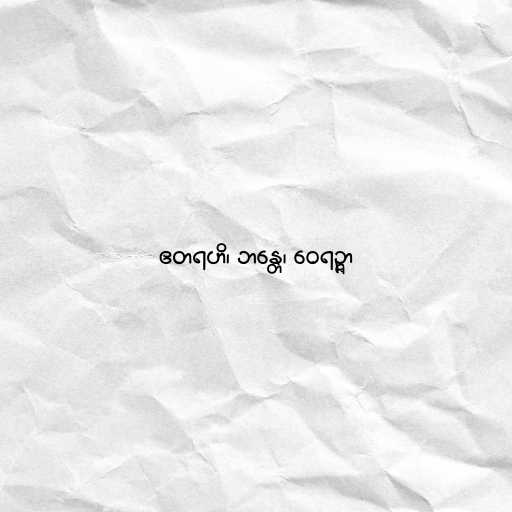
ဧတရဟိ၊ ဘန္တေ၊ ဝေရဉ္ဇာ